65_HS1-834228961_62-HQ-83894_Section_5
Agency: FBI
Page 195
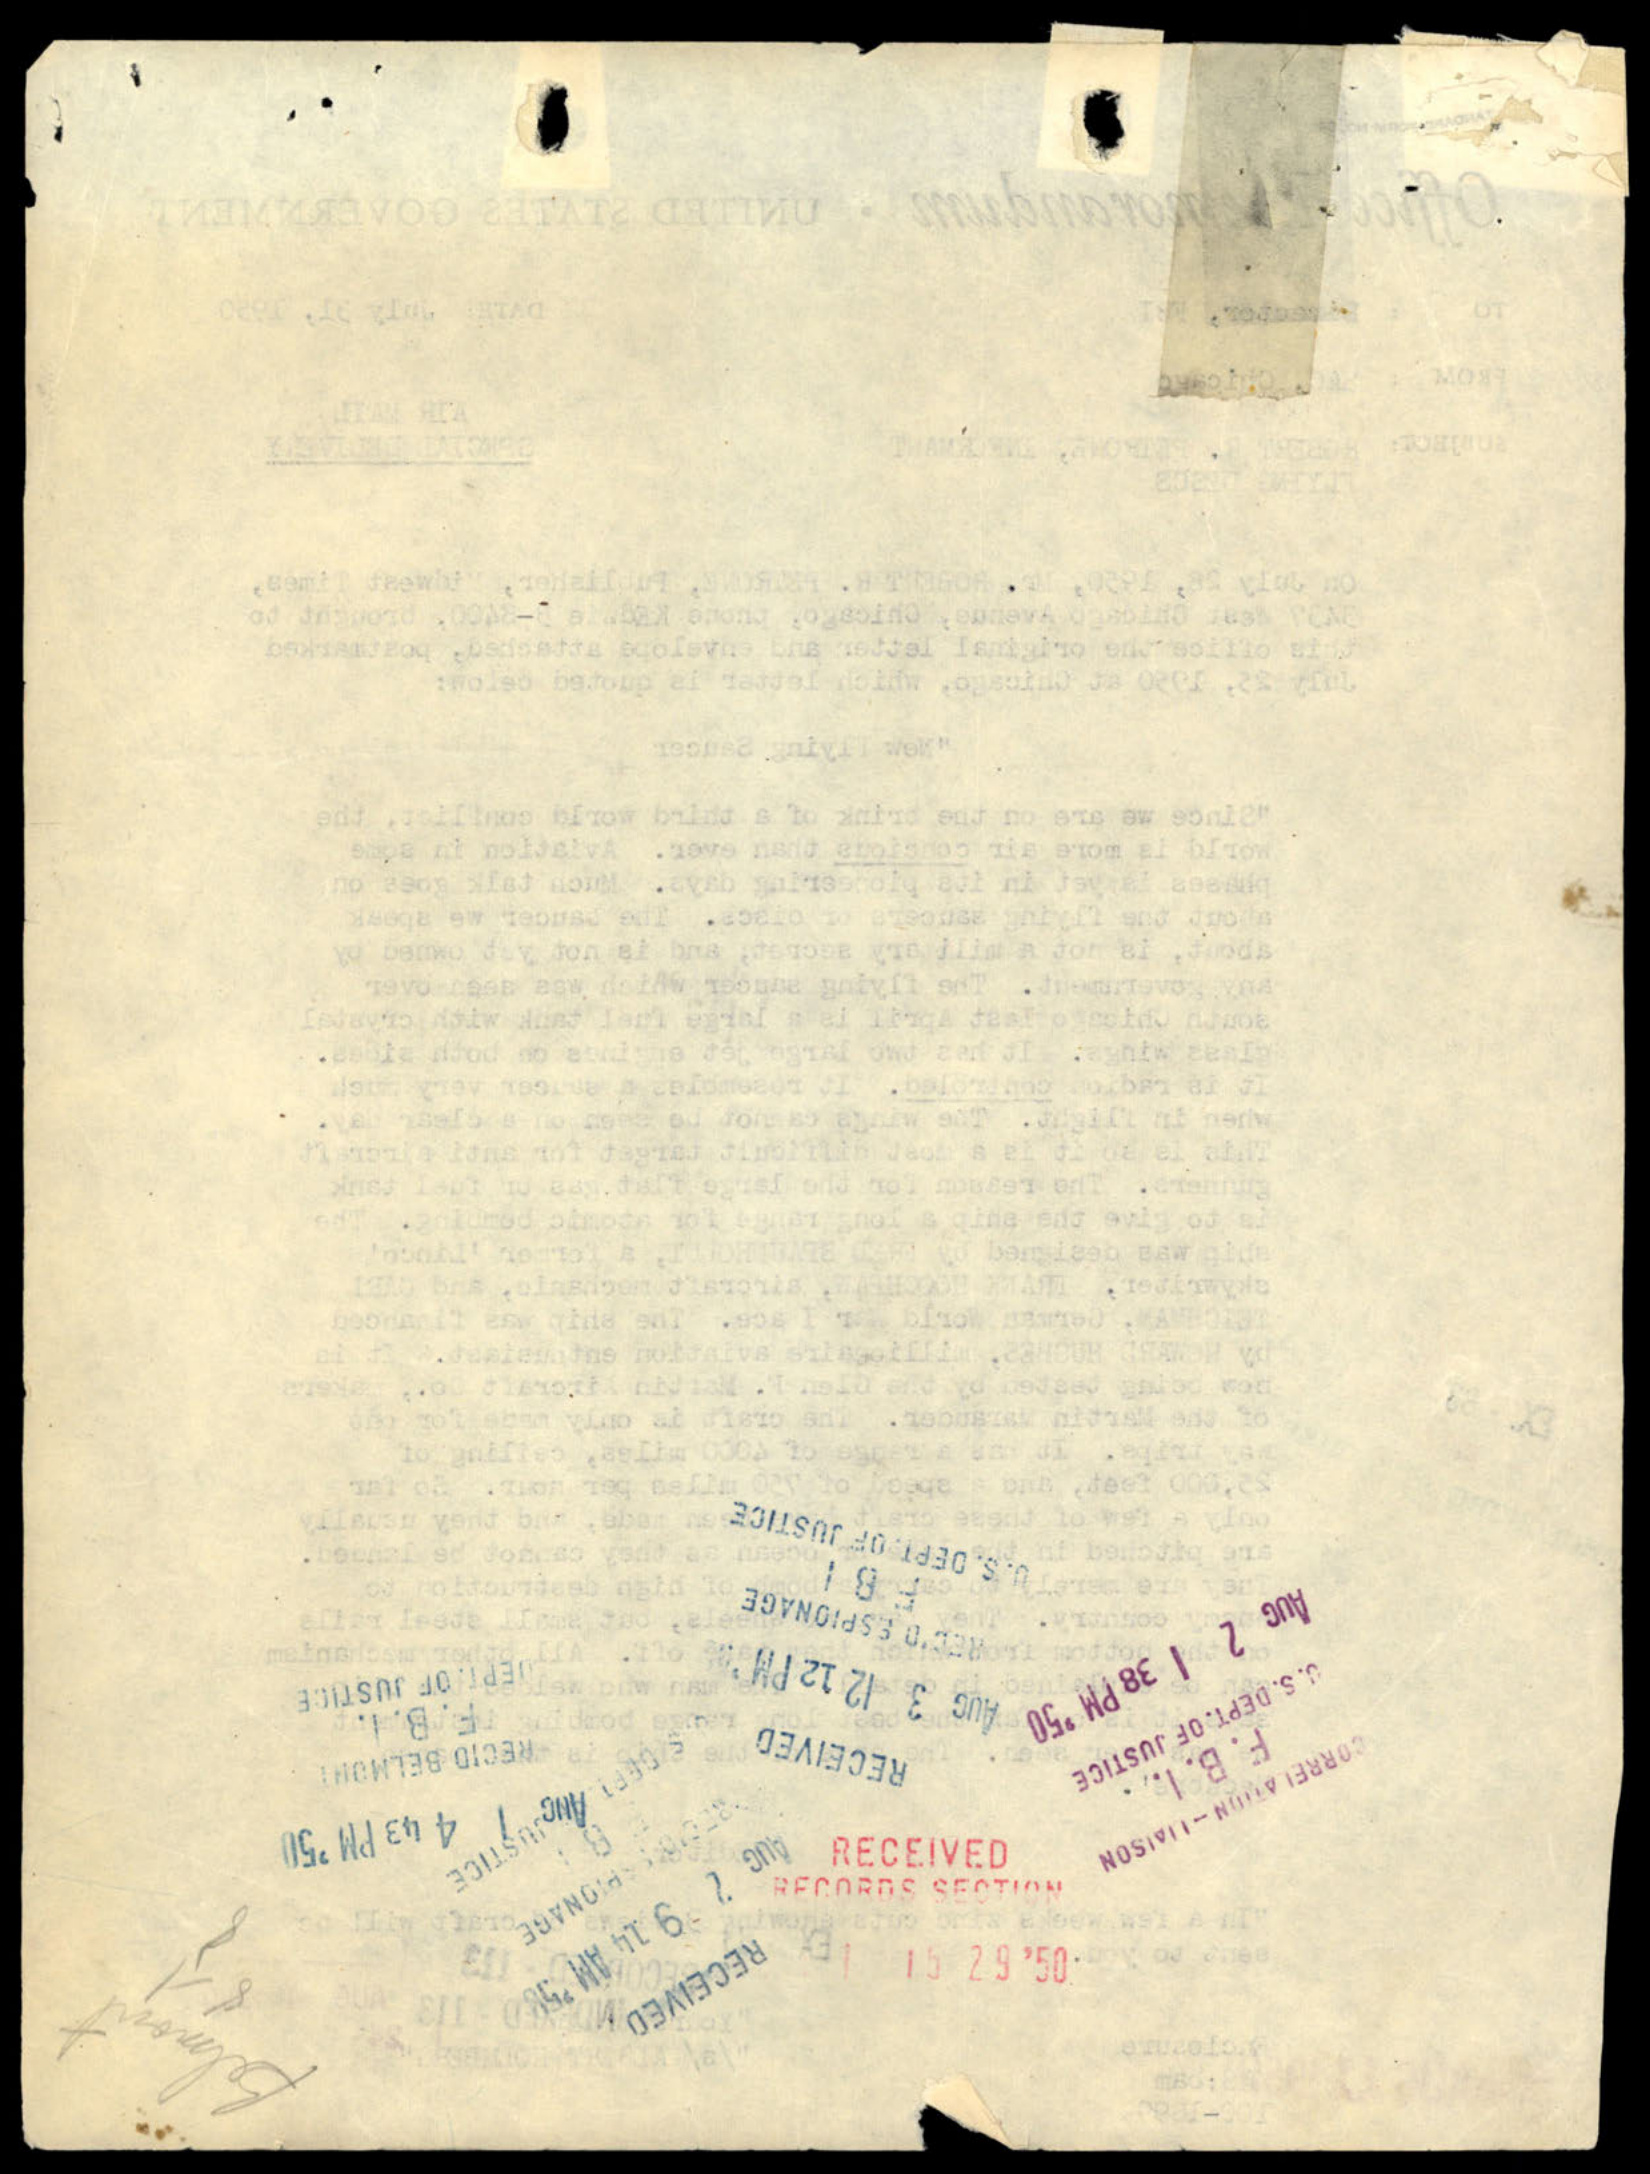